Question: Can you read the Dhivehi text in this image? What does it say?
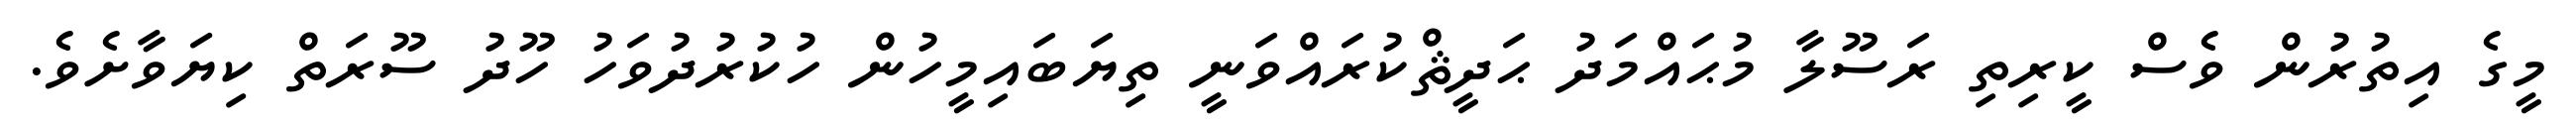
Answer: މީގެ އިތުރުން ވެސް ކީރިތި ރަސޫލާ މުޙައްމަދު ޙަދީޘްކުރައްވަނީ ތިޔަބައިމީހުން ހުކުރުދުވަހު ހޫދު ސޫރަތް ކިޔަވާށެވެ.